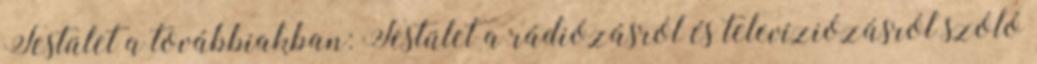
Testület a továbbiakban: Testület a rádiózásról és televíziózásról szóló